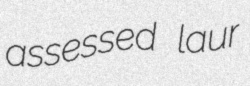
assessed laur